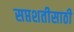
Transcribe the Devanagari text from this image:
सप्तशतीसाठी